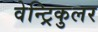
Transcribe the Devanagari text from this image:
वेन्ट्रिकुलर